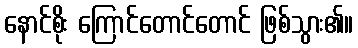
နောင်စိုး ကြောင်တောင်တောင် ဖြစ်သွား၏။